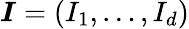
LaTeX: \boldsymbol I=(I_{1},\ldots,I_{d})